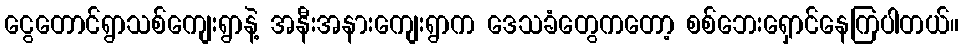
ငွေတောင်ရွာသစ်ကျေးရွာနဲ့ အနီးအနားကျေးရွာက ဒေသခံတွေကတော့ စစ်ဘေးရှောင်နေကြပါတယ်။